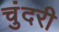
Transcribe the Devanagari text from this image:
चुंदरी